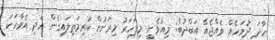
ހާދަ ދުވަހެއް ވެއްޖެއޭ އަބްދުބެ: މިއުޅެނީ މިފަހަރު މިރަށުށް ކުރިމަތިލައިގެން އަދި އެވާހަކަ